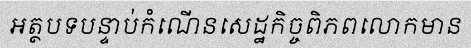
អត្ថបទបន្ទាប់កំណើនសេដ្ឋកិច្ចពិភពលោកមាន